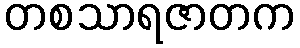
တစသာရဇာတက